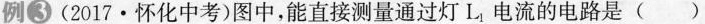
例③(2017·怀化中考)图中，能直接测量通过灯L_{1}电流的电路是( )